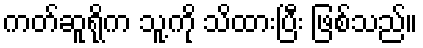
ကတ်ဆူရိုက သူ့ကို သိထားပြီး ဖြစ်သည်။